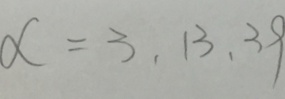
\alpha = 3 , 1 3 , 3 9